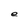
Character: e